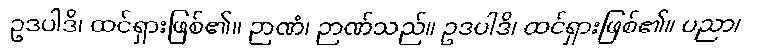
ဥဒပါဒိ၊ ထင်ရှားဖြစ်၏။ ဉာဏံ၊ ဉာဏ်သည်။ ဥဒပါဒိ၊ ထင်ရှားဖြစ်၏။ ပညာ၊